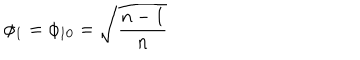
LaTeX: \phi _ { 1 } = \phi _ { 1 0 } = \sqrt { \frac { n - 1 } n }